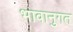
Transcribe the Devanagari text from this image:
भावानुगत